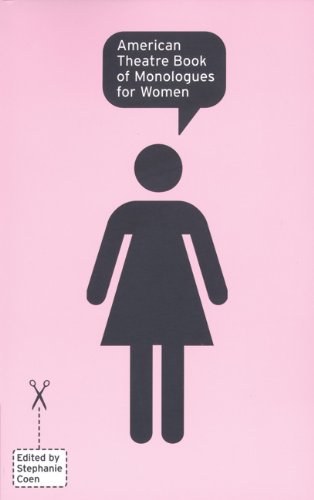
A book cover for American Theatre Book of Monologues for Women (Vol 2); Literature & Fiction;